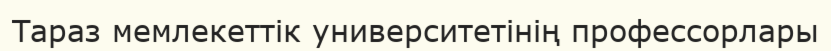
Тараз мемлекеттік университетінің профессорлары